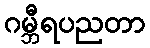
ဂမ္ဘီရပညတာ